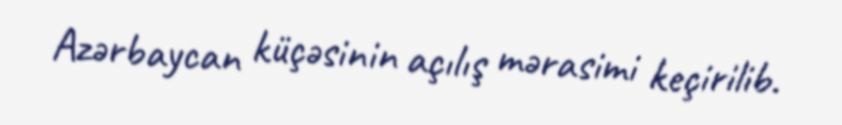
Azərbaycan küçəsinin açılış mərasimi keçirilib.